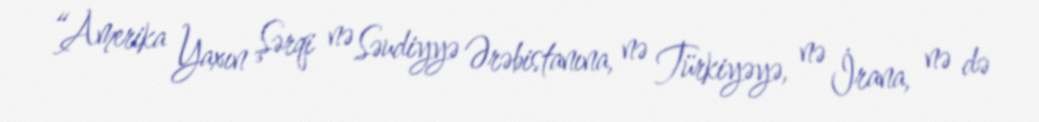
“Amerika Yaxın Şərqi nə Səudiyyə Ərəbistanına, nə Türkiyəyə, nə İrana, nə də